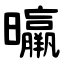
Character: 㬯